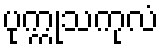
ပုက္ကုသကုလံ